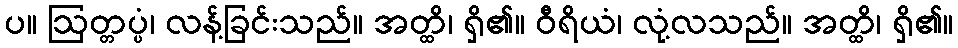
ပ။ ဩတ္တပ္ပံ၊ လန့်ခြင်းသည်။ အတ္ထိ၊ ရှိ၏။ ဝီရိယံ၊ လုံ့လသည်။ အတ္ထိ၊ ရှိ၏။